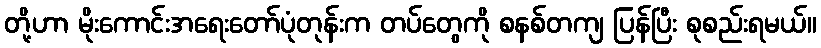
တို့ဟာ မိုးကောင်းအရေးတော်ပုံတုန်းက တပ်တွေကို စနစ်တကျ ပြန်ပြီး စုစည်းရမယ်။